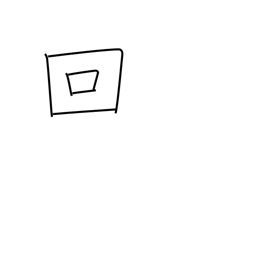
Meaning: counter for occurrences